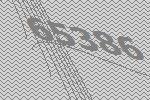
65386